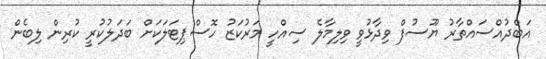
އަބްދުއްސައްތާރު ޔޫސުފް ވިދާޅުވީ ވިލިމާލެ ސިއްހީ މަރުކަޒު ހޮސްޕިޓަލަކަށް ބަދަލުކުރީ ކުރިން ލިބެން